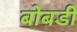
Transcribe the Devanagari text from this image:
बोबडी